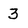
Character: 3